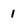
Character: 1